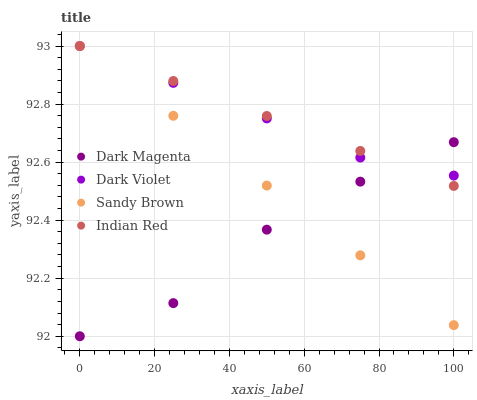
| xaxis_label | Dark Magenta | Dark Violet | Sandy Brown | Indian Red |
 | --- | --- | --- | --- | --- |
 | 0 | 92 | 93 | 93 | 93 |
 | 25 | 92.1 | 92.9 | 92.8 | 92.9 |
 | 50 | 92.4 | 92.8 | 92.5 | 92.8 |
 | 75 | 92.5 | 92.6 | 92.3 | 92.6 |
 | 100 | 92.7 | 92.6 | 92 | 92.5 |